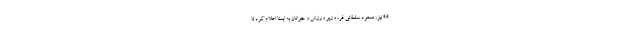
۹۹ نیز، مسعود سلطانی فر، وزیر ورزش و جوانان به ایسنا اعلام کرد تا